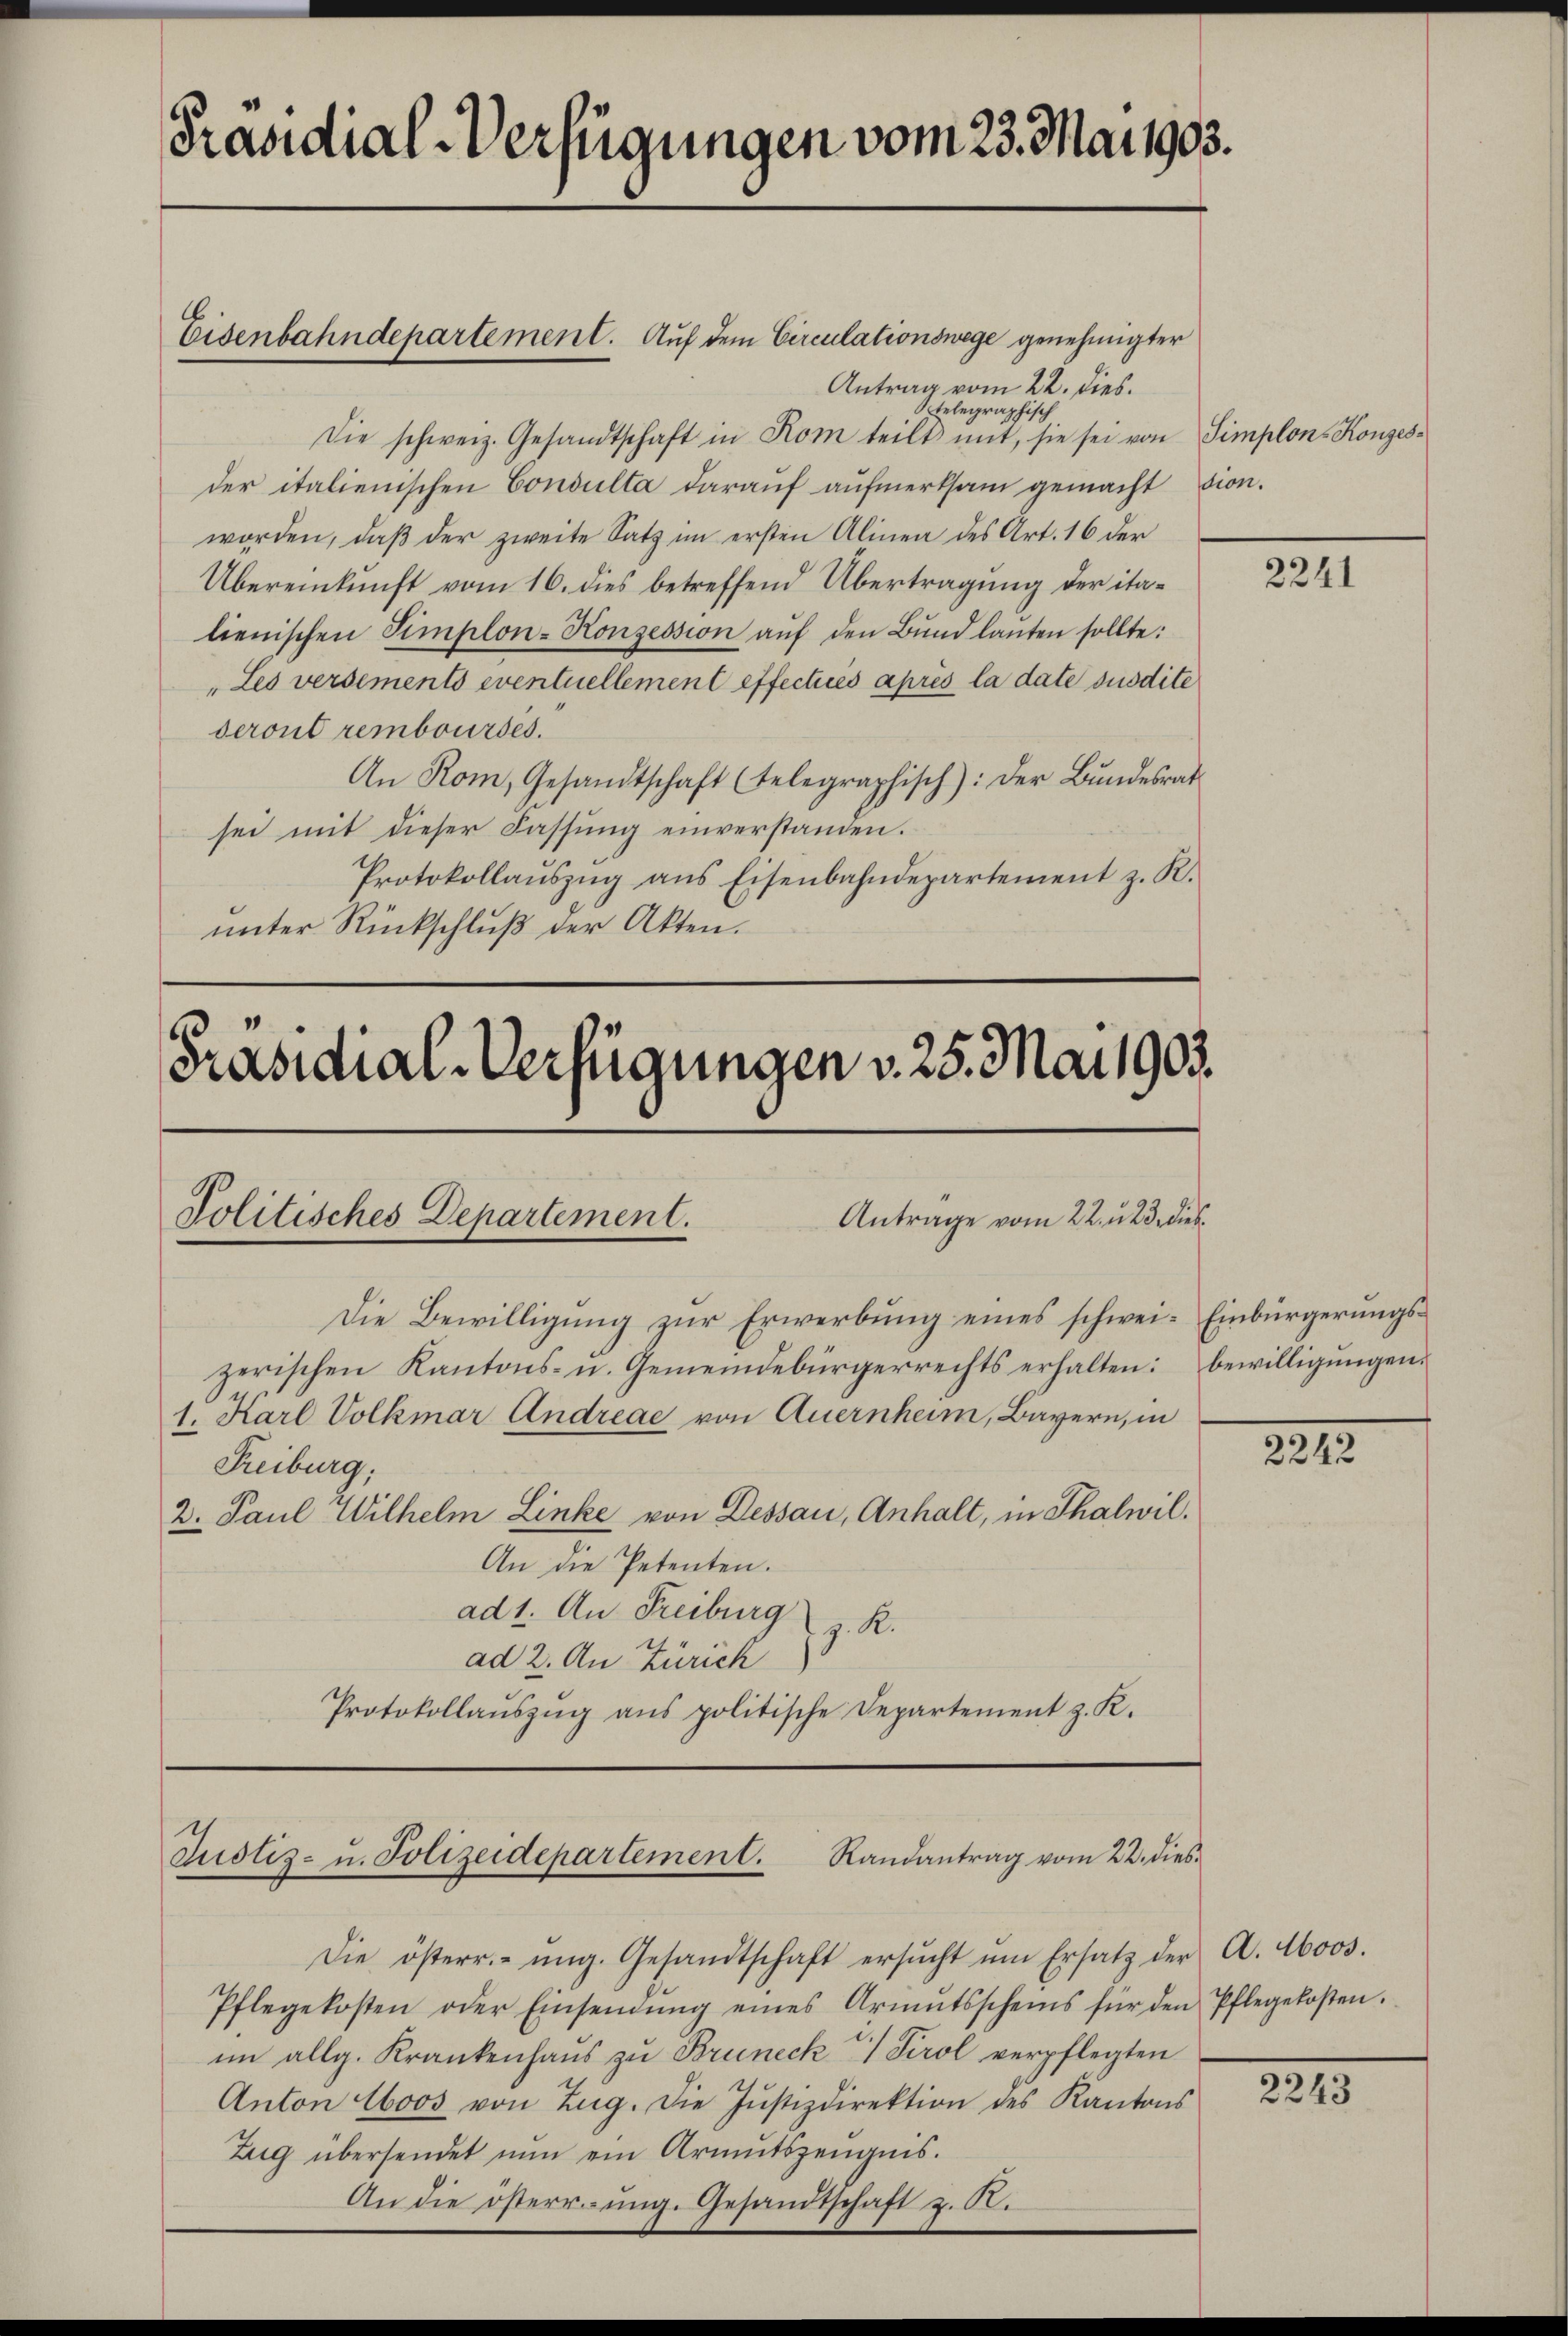
Präsidial-Verfügungen vom 23. Mai 1903.

Eisenbahndepartement. Auf dem Circulationswege genehmigter
Antrag vom 22. dies.
Sptelegraphisch
Die schweiz. Gesandtschaft in Rom teilt mit, sie sei von Simplon Konzesder italienischen Consulta darauf aufmerksam gemacht sion.
worden, daß der zweite Satz im ersten Alinen des Art. 16 der
Übereinkunft vom 16. dies betreffend Übertragung der italienischen Simplon-Konzession auf den Bund lanten sollte:
Les versements eventuellement effectures après la date susdite
seront rembourses.
An Rom, Gesandtschaft (telegraphisch): Der Bŭndesrat
sei mit dieser Fassung einverstanden.
Protokollaŭszŭg ans Eisenbahndepartement z. R.
unter Rückschluß der Akten.

u
Politisches Departement.
Antrage vom 22. u. 23. dies¬
Die Bewilligung zur Erwerbung eines schwei- Einbürgerungszerischen Kantons- u. Gemeindebürgerrechts erhalten: Bewilligungen.
1. Karl Volkmar Andreae von Quernheim, Bayern, in
Freiburg,
2. Paul Wilhelm Linke von Dessau, Anhalt, in Thalwil¬
An die Petenten.
ad 1. An Freiburg
z. R.
ad 2. An Zürich

Präsidial-Verfügungen v. 25. Mai 1903.

Protokollaŭszŭg ans politische Departement z. K.

Justiz- u. Polizeidepartement. Randantrag vom 22. dies

Die österr. ung. Gesandtschaft ersŭcht ŭm Ersatz der A. 46000.
Pflegekosten oder Einsendŭng eines Armŭtsscheins für den Pflegekosten.
im allg. Krankenhaus zu Bruneck  Tirol verpflegten
Anton Loos von Zug. Die Justizdirektion des Kantons
Zug übersendet nun ein Armutszeugnis.
An die österrung. Gesandtschaft z. R.

2241

2212.

2243